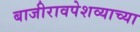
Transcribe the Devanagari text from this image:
बाजीरावपेशव्याच्या